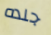
جلده